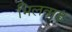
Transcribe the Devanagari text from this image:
भिलवाड़